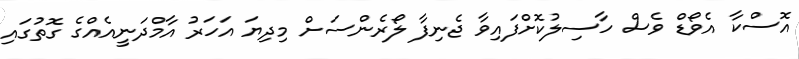
އޮސްކާ އެވޯޑް ވެސް ހާސިލުކޮށްފައިވާ ޖެނިފާ ލޯރެންސަށް މިދިޔަ އަހަރު އާމްދަނީއެއްގެ ގޮތުގައި